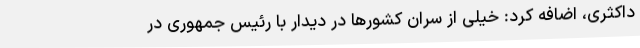
داکثری، اضافه کرد: خیلی از سران کشورها در دیدار با رئیس جمهوری در